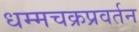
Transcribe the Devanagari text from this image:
धम्मचक्रप्रवर्तन